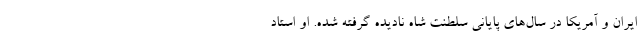
ایران و آمریکا در سال‌های پایانی سلطنت شاه نادیده گرفته شده. او استاد